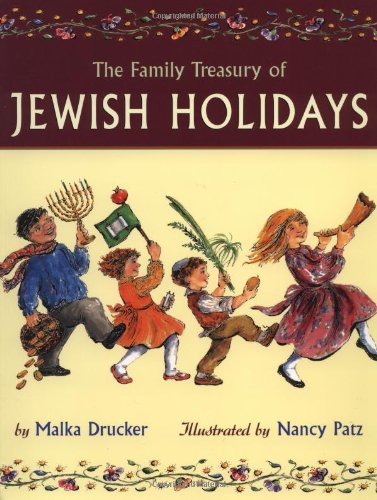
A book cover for the Family Treasury of Jewish Holidays; Malka Drucker; Children's Books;